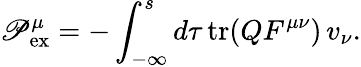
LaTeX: {\mathscr{P}}_{\mathrm{{ex}}}^{\mu}=-\int_{-\infty}^{s}d\tau\, \mathrm{{tr}}(QF^{\mu\nu})\, v_{\nu}.